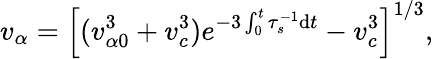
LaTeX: v_{\alpha}=\left[(v_{\alpha 0}^{3}+v_{c}^{3})e^{-3\int_{0}^{t}\tau_{s}^{-1}\mathrm{d}t}-v_{c}^{3}\right]^{1/3},